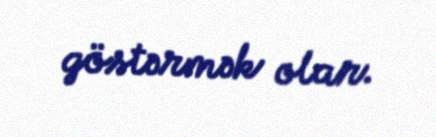
göstərmək olar.